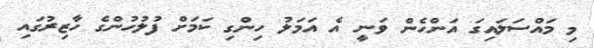
މި މައްސަލައިގަ އަންހެން ވަނީ އެ އަމަލު ހިންގި ކަމަށް ފުލުހުންގެ ހާޒިރުގައި